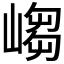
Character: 𱜃